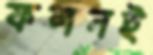
ফলনই